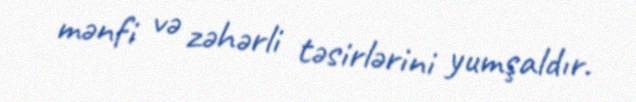
mənfi və zəhərli təsirlərini yumşaldır.